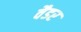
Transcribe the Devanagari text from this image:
वैडर